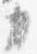
カ